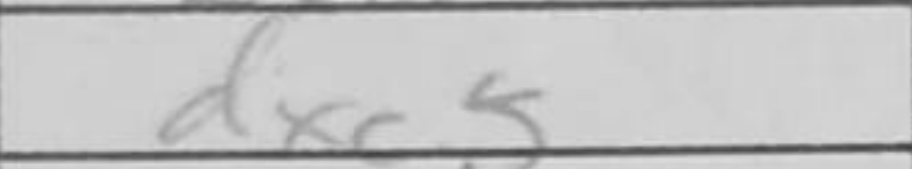
Transcription: dxc5